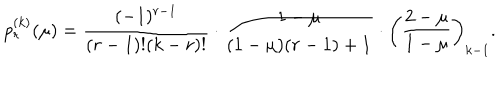
LaTeX: p _ { r } ^ { ( k ) } ( \mu ) = \frac { ( - 1 ) ^ { r - 1 } } { ( r - 1 ) ! ( k - r ) ! } \cdot \frac { 1 - \mu } { ( 1 - \mu ) ( r - 1 ) + 1 } \cdot \left( \frac { 2 - \mu } { 1 - \mu } \right) _ { k - 1 } .